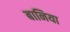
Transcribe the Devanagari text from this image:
बानिया